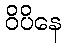
ဝိပိနေ